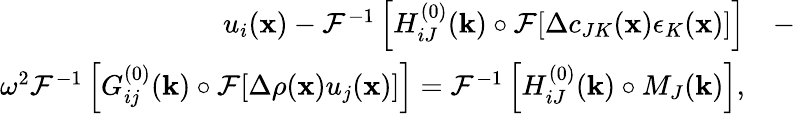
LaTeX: \begin{array}{rl}{u_{i}({\mathbf x})-\mathcal{F}^{-1}\left[H_{iJ}^{(0)}({\mathbf k})\circ\mathcal{F}[\Delta c_{JK}({\mathbf x})\epsilon_{K}({\mathbf x})]\right]}&{-}\\ {\omega^{2}\mathcal{F}^{-1}\left[G_{ij}^{(0)}({\mathbf k})\circ\mathcal{F}[\Delta\rho({\mathbf x})u_{j}({\mathbf x})]\right]=\mathcal{F}^{-1}\left[H_{iJ}^{(0)}({\mathbf k})\circ M_{J}({\mathbf k})\right],}\end{array}